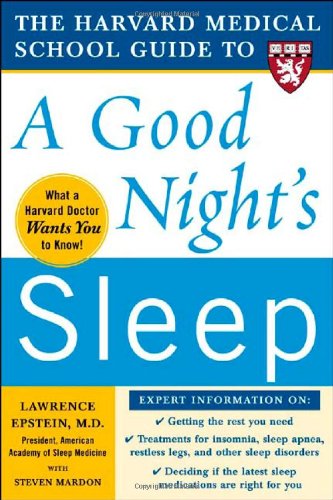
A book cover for The Harvard Medical School Guide to a Good Night's Sleep (Harvard Medical School Guides); Lawrence Epstein; Health, Fitness & Dieting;